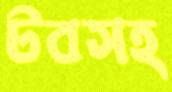
টবসহ